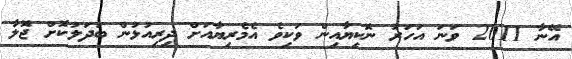
އޭނާ 2011 ވަނަ އަހަރު ނޮކިޔާއިން ވަކިވެ އެމެރިޔާއަށް ދިރިއުޅުން ބަދަލުކޮށް ޖޮލާ